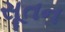
સૂતન